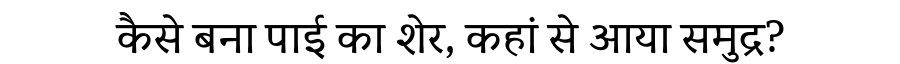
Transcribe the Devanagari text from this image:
कैसे बना पाई का शेर, कहां से आया समुद्र?